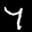
Label: 7